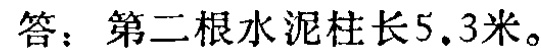
答：第二根水泥柱长5.3米。